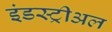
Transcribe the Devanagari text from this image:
इंडस्ट्रीअल